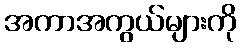
အကာအကွယ်များကို